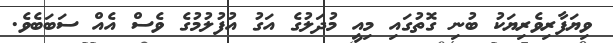
ވިޔަފާރިވެރިޔަކު ބުނި ގޮތުގައި މިއީ މުދަލުގެ އަގު އުފުލުމުގެ ވެސް އެއް ސަބަބެވެ.